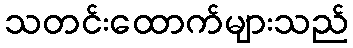
သတင်းထောက်များသည်